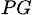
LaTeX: _{PG}